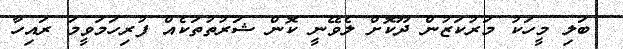
ބަލި މީހަކު މަރުކަޒުން ދޫކޮށް ލެވޭނީ ކޮން ޝަރުތުތަކެއް ފުރިހަމަވީމަ ރައިހާ